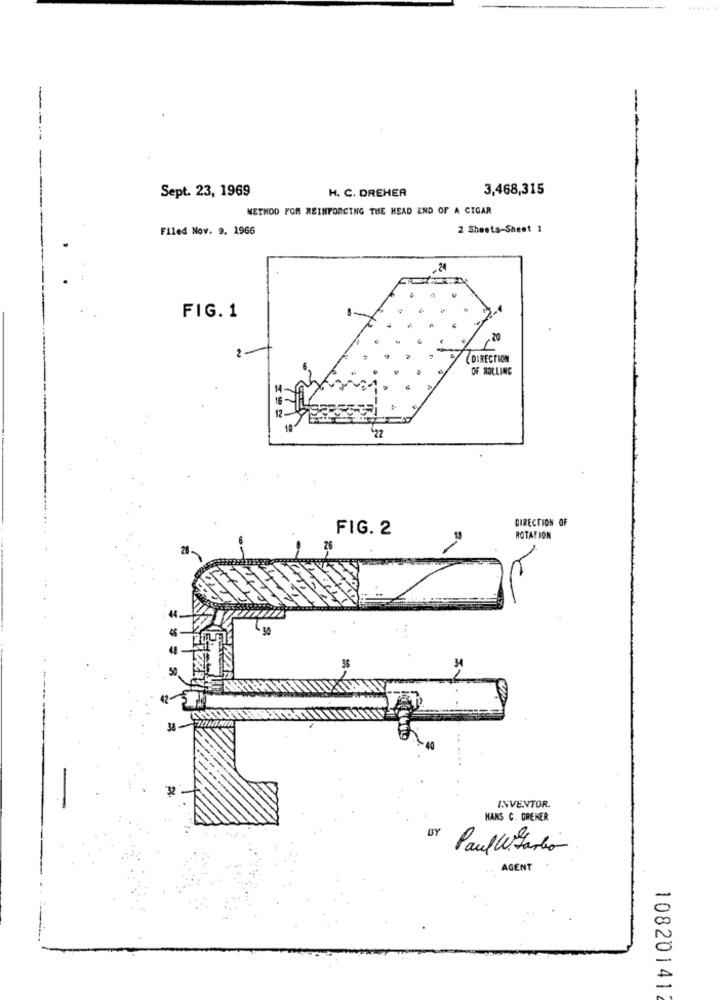
Sept. 23, 1969
H. C. DREHER
3,468,315
METHOD FOR REINFORCING THE HEAD END OF A CIGAR
Filed Nov. 9. 1966
2 Sheets-Sheet 1
2
FIG. 1
DIRECTION
OF ROLLING
DIRECTION OF
FIG. 2
ROTATION
26
38
32
INVENTOR
HANS C. GRENER
BY
Paulo Fario
AGENT
10820141